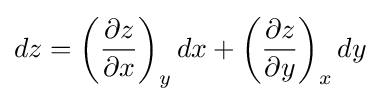
dz={\left({\frac {\partial z}{\partial x}}\right)}_{y}\,dx+{\left({\frac {\partial z}{\partial y}}\right)}_{x}\,dy